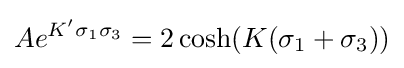
Ae^{K'\sigma _{1}\sigma _{3}}=2\cosh(K(\sigma _{1}+\sigma _{3}))